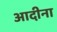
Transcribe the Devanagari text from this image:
आदीना